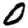
Digit: 0